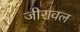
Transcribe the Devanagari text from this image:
जीरावल